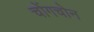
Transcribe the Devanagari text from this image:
चोंगचोन